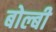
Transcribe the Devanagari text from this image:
बोल्बी